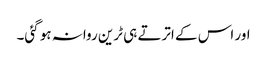
اور اس کے اترتے ہی ٹرین روانہ ہو گئی۔